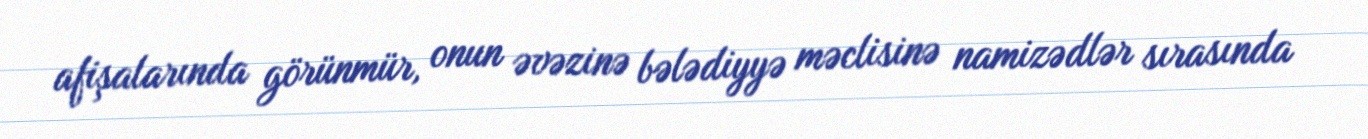
afişalarında görünmür, onun əvəzinə bələdiyyə məclisinə namizədlər sırasında